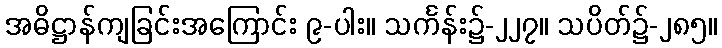
အဓိဋ္ဌာန်ကျခြင်းအကြောင်း ၉-ပါး။ သင်္ကန်း၌-၂၂၇။ သပိတ်၌-၂၈၅။